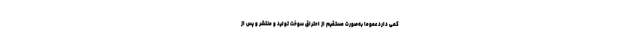
کمی دارد عموماً به‌صورت مستقیم از احتراق سوخت تولید و منتشر و پس از